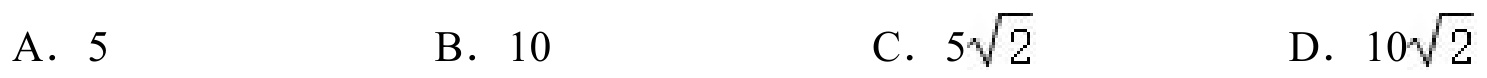
A. \(5\)  B. \(10\)  C. \(5\sqrt{2}\)  D. \(10\sqrt{2}\)